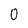
Character: 0